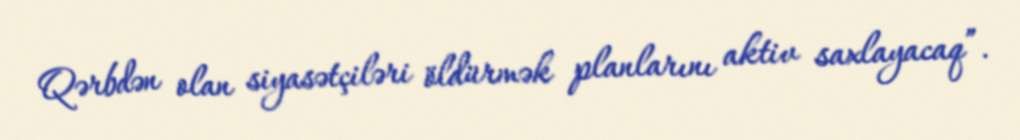
Qərbdən olan siyasətçiləri öldürmək planlarını aktiv saxlayacaq”.